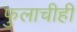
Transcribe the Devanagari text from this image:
फुलाचीही